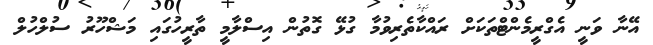
އޭނާ ވަނީ އެގްރީމެންޓްތަކަށް ރައްކާތެރިވުމާ ގުޅޭ ގޮތުން އިސްލާމީ ތާރީހުގައި މަޝްހޫރު ސުލްހުލް